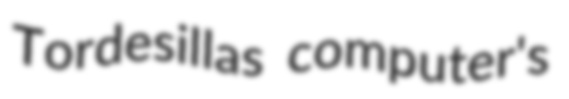
Tordesillas computer's